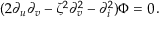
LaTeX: ( 2 \partial _ { u } \partial _ { v } - \zeta ^ { 2 } \partial _ { v } ^ { 2 } - \partial _ { i } ^ { 2 } ) \Phi = 0 \, .